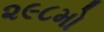
૨૯૮મો